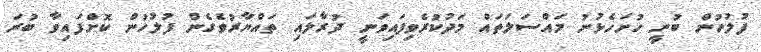
ފުލުހުން ބުނީ ހުށަހެޅުނު މައްސަލަތައް މަދުކުރެވިފައިވަނީ ދުރާލައި ތައްޔާރުވެގެން ފުލުހުން ކޮށްފައިވާ ބުރަ